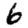
Digit: 6